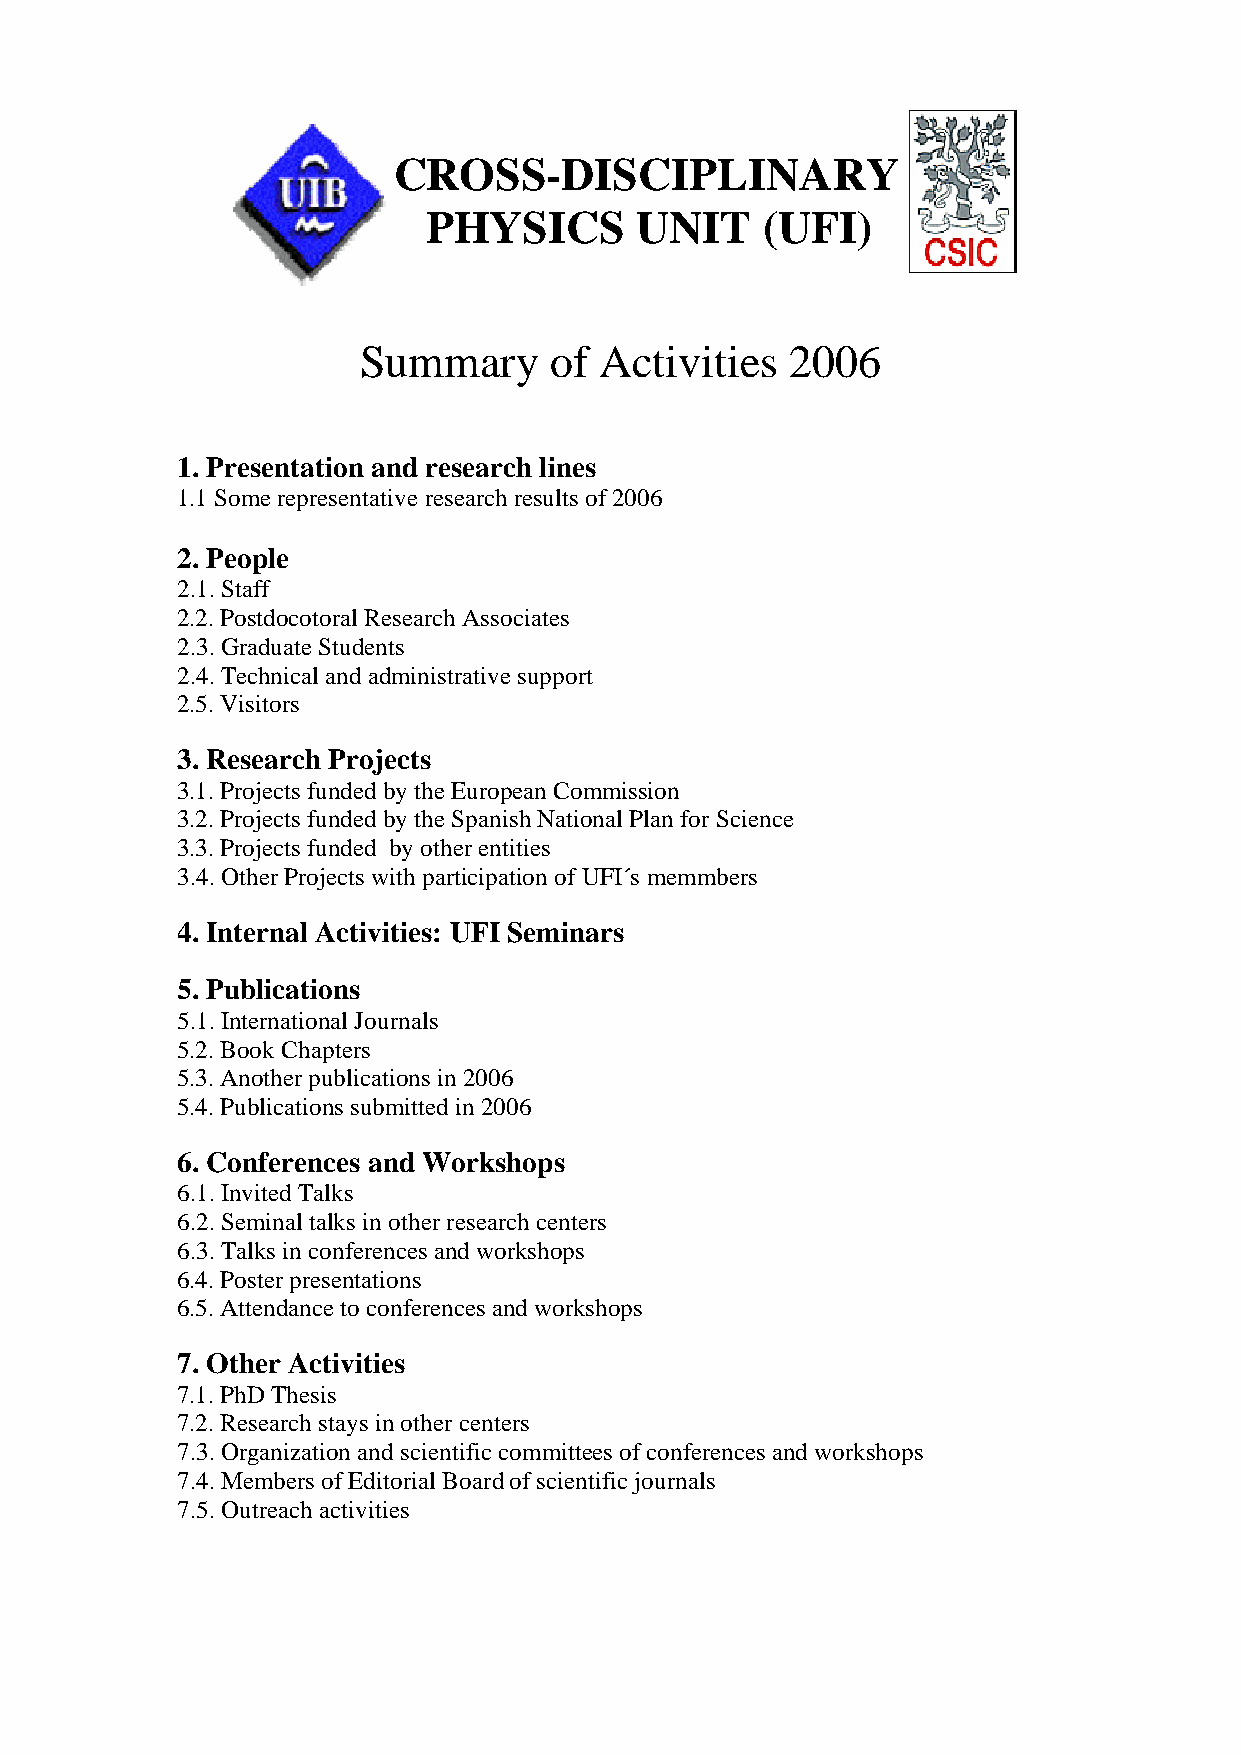
CROSS-DISCIPLINARY
 PHYSICS       UNIT    (UFI)
 Summary     of  Activities  2006
 1. Presentation and research lines
 1.1 Some representative research results of 2006
 2. People
 2.1. Staff
 2.2. Postdocotoral Research Associates
 2.3. Graduate Students
 2.4. Technical and administrative support
 2.5. Visitors
 3. Research Projects
 3.1. Projects funded by the European Commission
 3.2. Projects funded by the Spanish National Plan for Science
 3.3. Projects funded by other entities
 3.4. Other Projects with participation of UFI´s memmbers
 4. Internal Activities: UFI Seminars
 5. Publications
 5.1. International Journals
 5.2. Book Chapters
 5.3. Another publications in 2006
 5.4. Publications submitted in 2006
 6. Conferences and Workshops
 6.1. Invited Talks
 6.2. Seminal talks in other research centers
 6.3. Talks in conferences and workshops
 6.4. Poster presentations
 6.5. Attendance to conferences and workshops
 7. Other Activities
 7.1. PhD Thesis
 7.2. Research stays in other centers
 7.3. Organization and scientific committees of conferences and workshops
 7.4. Members of Editorial Board of scientific journals
 7.5. Outreach activities